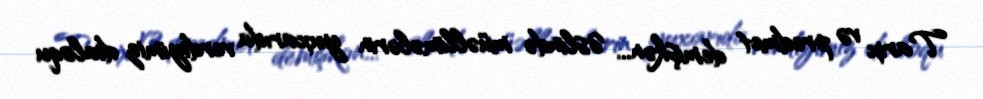
Tarix və predmet demişkən... Əslində müəllimələrin yuxarıda verdiyimiz dialoqu